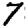
Digit: 7